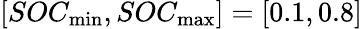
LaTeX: [SOC_{\operatorname*{min}},SOC_{\operatorname*{max}}]=[0.1,0.8]